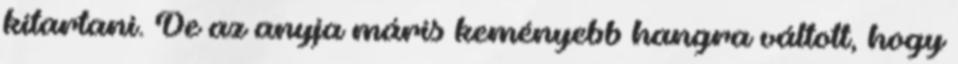
kitartani. De az anyja máris keményebb hangra váltott, hogy